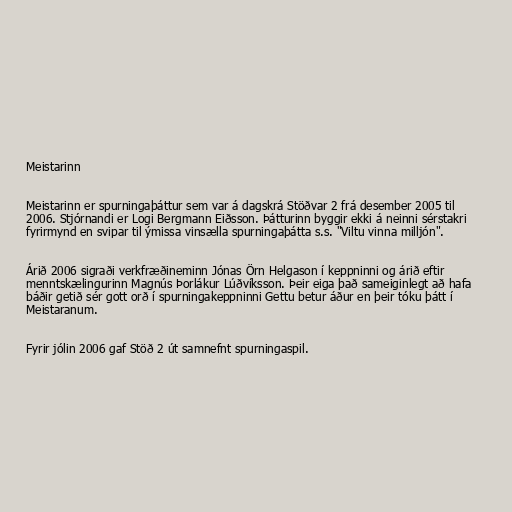
Meistarinn

Meistarinn er spurningaþáttur sem var á dagskrá Stöðvar 2 frá desember 2005 til
2006. Stjórnandi er Logi Bergmann Eiðsson. Þátturinn byggir ekki á neinni sérstakri
fyrirmynd en svipar til ýmissa vinsælla spurningaþátta s.s. "Viltu vinna milljón".

Árið 2006 sigraði verkfræðineminn Jónas Örn Helgason í keppninni og árið eftir
menntskælingurinn Magnús Þorlákur Lúðvíksson. Þeir eiga það sameiginlegt að hafa
báðir getið sér gott orð í spurningakeppninni Gettu betur áður en þeir tóku þátt í
Meistaranum.

Fyrir jólin 2006 gaf Stöð 2 út samnefnt spurningaspil.